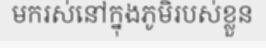
មករស់នៅក្នុងភូមិរបស់ខ្លួន